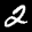
Label: 2